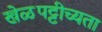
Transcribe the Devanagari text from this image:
खेळपट्टीच्यता